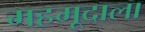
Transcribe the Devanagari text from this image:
महमूदाला